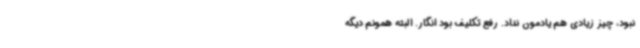
نبود، چیز زیادی هم یادمون نداد. رفع تکلیف بود انگار. البته همونم دیگه